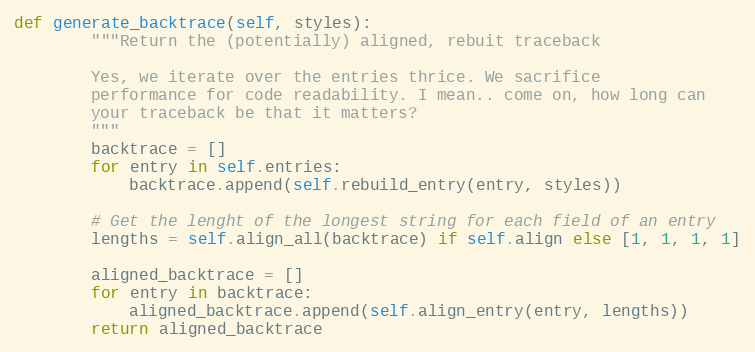
Language: Python
def generate_backtrace(self, styles):
        """Return the (potentially) aligned, rebuit traceback

        Yes, we iterate over the entries thrice. We sacrifice
        performance for code readability. I mean.. come on, how long can
        your traceback be that it matters?
        """
        backtrace = []
        for entry in self.entries:
            backtrace.append(self.rebuild_entry(entry, styles))

        # Get the lenght of the longest string for each field of an entry
        lengths = self.align_all(backtrace) if self.align else [1, 1, 1, 1]

        aligned_backtrace = []
        for entry in backtrace:
            aligned_backtrace.append(self.align_entry(entry, lengths))
        return aligned_backtrace